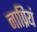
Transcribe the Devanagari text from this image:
नाप्रियं